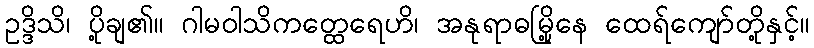
ဥဒ္ဒိသိ၊ ပို့ချ၏။ ဂါမဝါသိကတ္ထေရေဟိ၊ အနုရာဓမြို့နေ ထေရ်ကျော်တို့နှင့်။